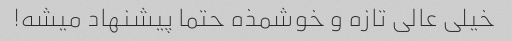
خیلى عالى تازه و خوشمذه حتما پیشنهاد میشه!